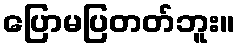
ပြောမပြတတ်ဘူး။